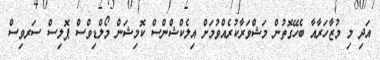
އަދި މި މުޒާހަރާއާ ބެހޭގޮތުން މަޝްވަރާކުރެއްވުމަށް އިލެކްޝްންސް ކޮމިޝަން މޯލްޑިވްސް ޕޮލިސް ސަރވިސް